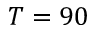
T = 9 0